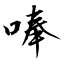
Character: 唪